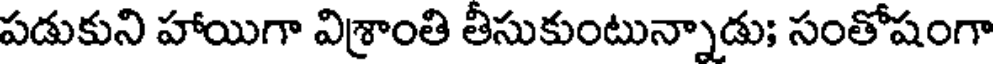
పడుకుని హాయిగా విశ్రాంతి తీసుకుంటున్నాడు; సంతోషంగా